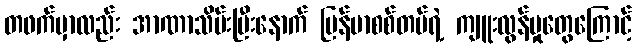
တဖက်မှာလည်း အာဏာသိမ်းပြီးနောက် မြန်မာစစ်တပ်ရဲ့ ကျူးလွန်မှုတွေကြောင့်